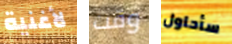
لأغنية وقت سأحاول